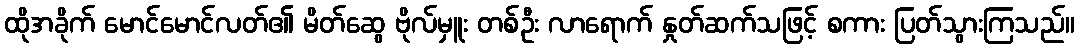
ထိုအခိုက် မောင်မောင်လတ်၏ မိတ်ဆွေ ဗိုလ်မှူး တစ်ဦး လာရောက် နှုတ်ဆက်သဖြင့် စကား ပြတ်သွားကြသည်။